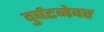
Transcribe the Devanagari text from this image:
दुर्घटनेवर